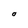
Character: O